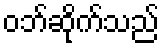
ဝဘ်ဆိုက်သည်